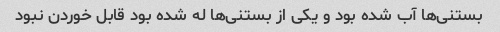
بستنی‌ها آب شده بود و یکی از بستنی‌ها له شده بود قابل خوردن نبود